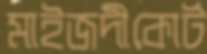
মাইজদীকোর্ট